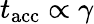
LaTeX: t_{\mathrm{acc}}\propto\gamma